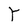
Character: Y